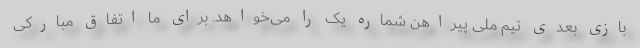
بازی بعدی تیم ملی پیراهن شماره یک را می‌خواهد. برای ما اتفاق مبارکی